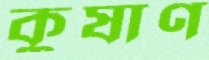
কুষাণ